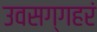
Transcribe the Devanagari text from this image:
उवसग्गहरं